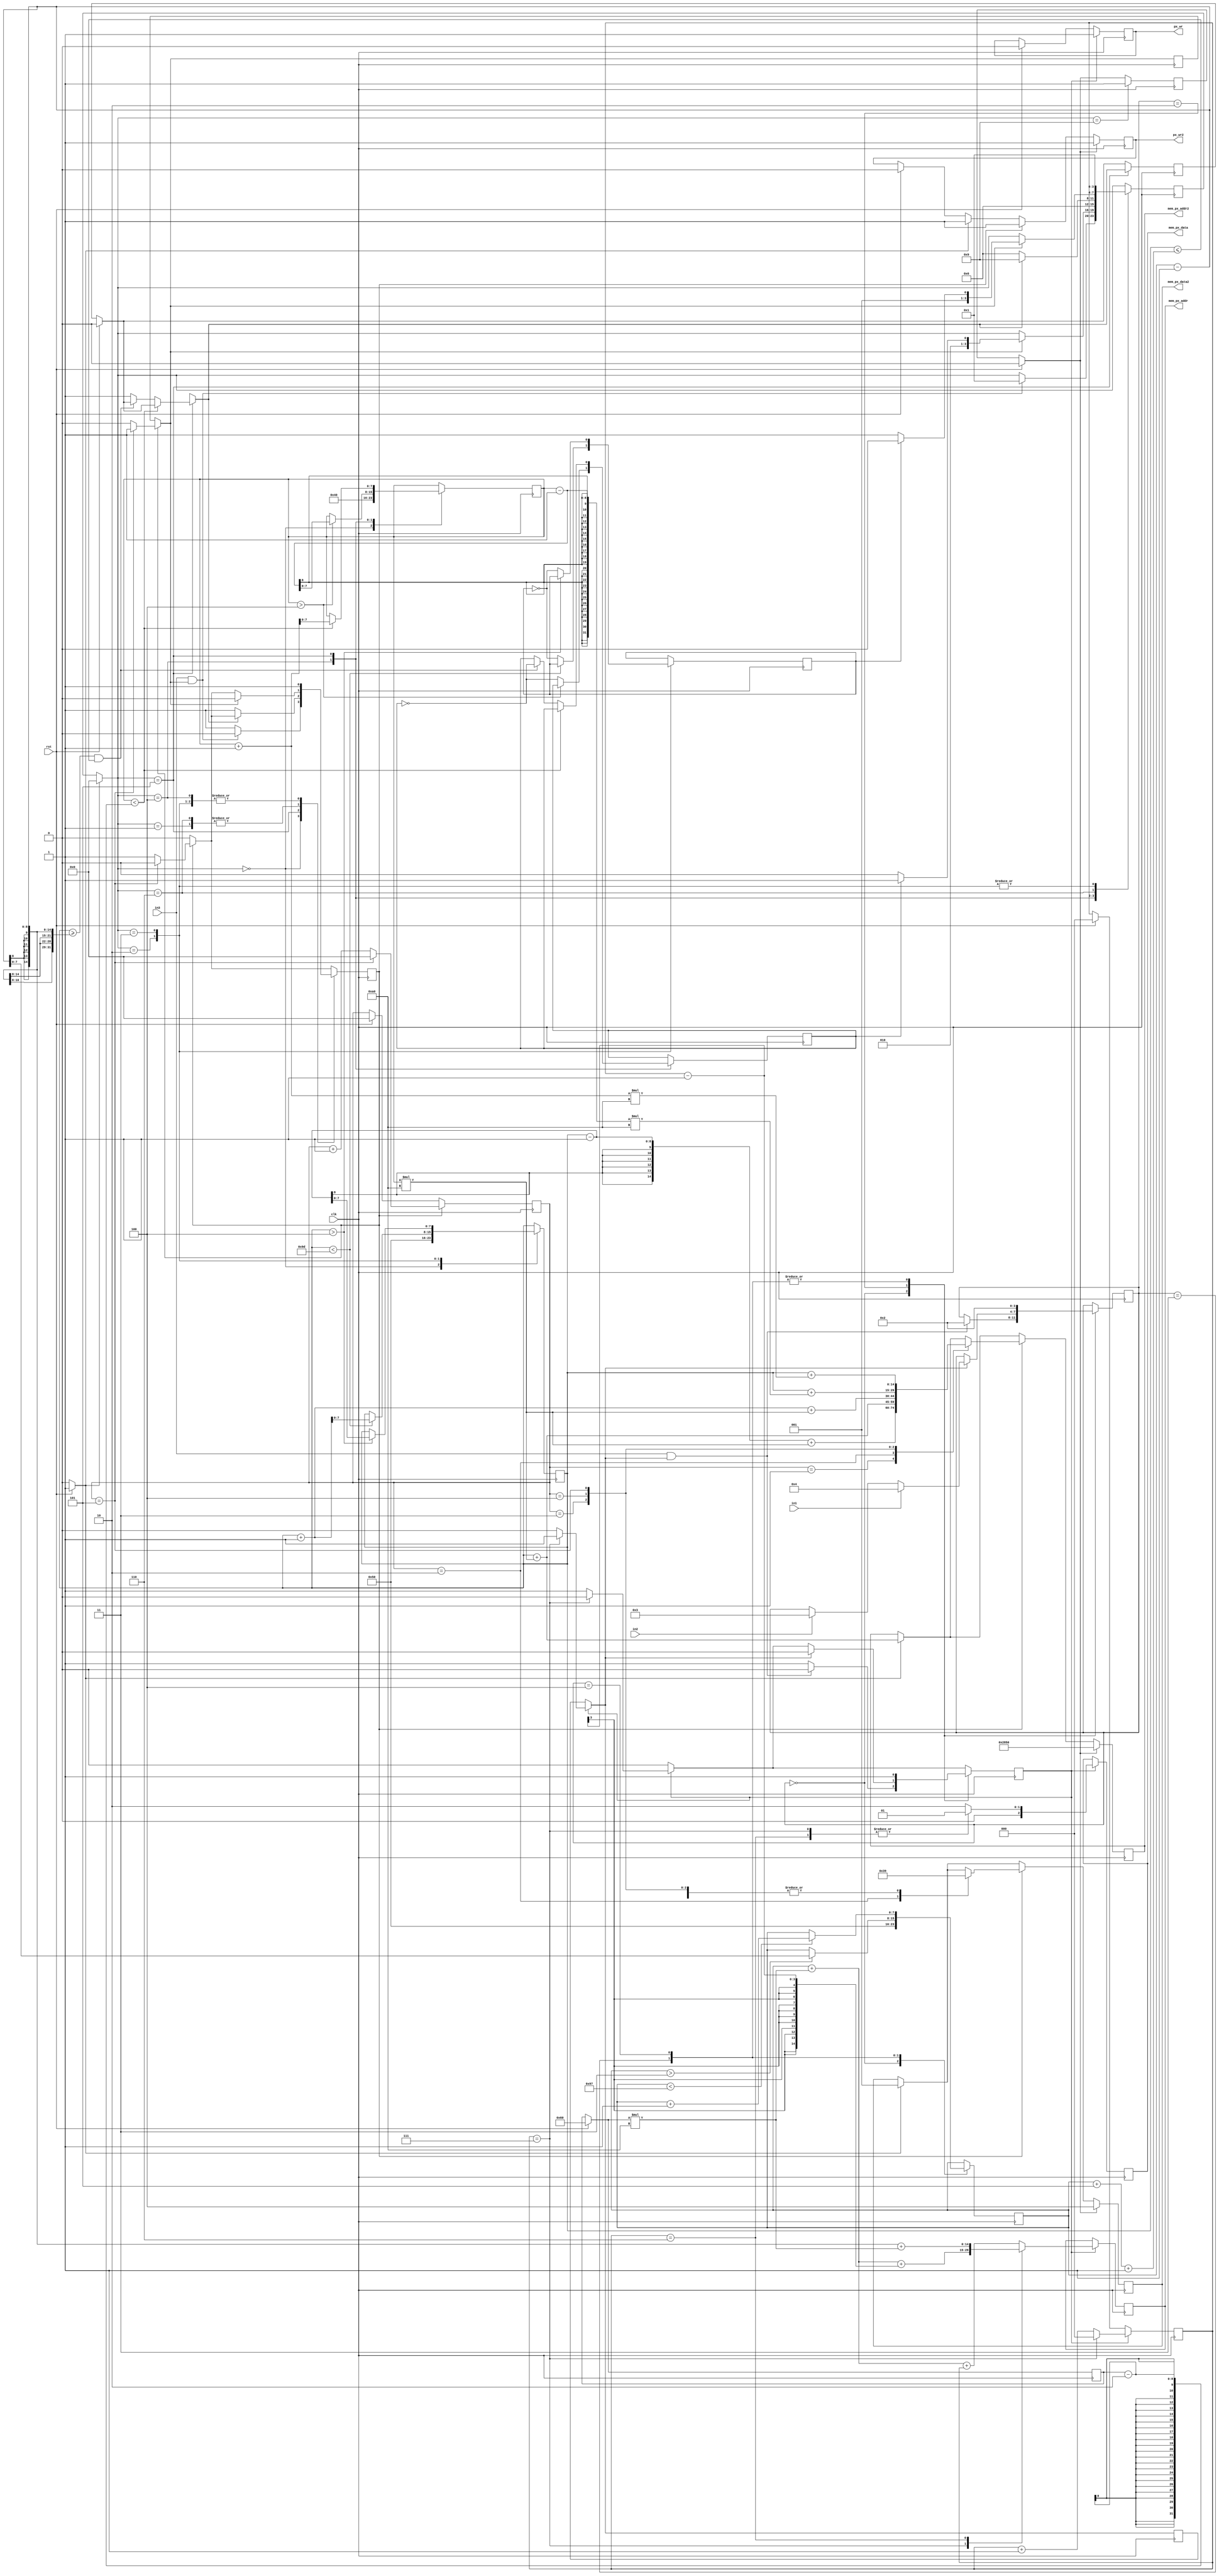
`timescale 1ns / 1ps

module FSM_game #(
		parameter AW = 15,
		parameter DW = 3)(
	 	input clk,
		input rst,
		input in1,
		input in2,
		input in3,
		
		output reg [AW-1: 0] mem_px_addr2,
		output reg [DW-1: 0] mem_px_data2,
		output reg px_wr2,
		
		output reg [AW-1: 0] mem_px_addr,
		output reg [DW-1: 0] mem_px_data,
		output reg px_wr
		

   );
	//Pantalla de 160x128
	
	localparam COLOR_BARRA = 3'b010;//verde
	localparam COLOR_BOLA = 3'b111;//blanco
	localparam COLOR_FONDO = 3'b001;//azul
	localparam ROJO = 3'b100;//rojo
	
	localparam tamano_X = 160;
	localparam tamano_Y = 128;
	
	reg [3:0] status = 0;
	reg [3:0] status_bola = 0;
	
	wire init;
	wire right;
	wire left;
	assign right = in1;
	assign left = in2;
	assign init = in3;
	
	//direccin de la pelota
	reg dirX=0;
	reg dirY=0;
	
	
	//8 bits para la posicion vertical y 9 para la horizonal
	
	reg [7:0] posX_barra;
	reg [7:0] posY_barra=96;
	
	reg [7:0] posX_bola;
	reg [7:0] posY_bola;
	
//	assign outprueba = movl;
	
	//Estados de la barra
	parameter START=0, PLAY=2, MOVL=3, MOVR=4;
	//Estados de la pelota 
	parameter MOVE_V=1, RIGHT=2, LEFT=3, UP=4, DOWN=5, MOVE_H=6, FIN=9;
	
	
	
	
	
	/* *********************************************
		Movimiento de la barra 
	
	**********************************************/
	localparam INICIO_LINEA = 15200;
	reg done_barrax=0;
	reg [2:0] count_Tam;
	parameter TAM_X_BARRA =5;
   reg pallet_draw=0;
	
	
	always @(posedge clk) begin
		if (rst) begin
			count_Tam<=0;
			px_wr<=0;
			posY_barra = 96;
		end

		if(pallet_draw)begin	

			done_barrax=0;
			px_wr <= 1;
			count_Tam<=count_Tam+1;
			case(count_Tam)
				(TAM_X_BARRA+2): begin
						mem_px_addr <= (posX_barra+posY_barra*tamano_X)+(count_Tam-1);
						mem_px_data <= COLOR_FONDO;
	     				done_barrax=1;
			   	   count_Tam<=0;
						pallet_draw=0;
					end	
				(TAM_X_BARRA+1): begin
						mem_px_addr <= (posX_barra-1+posY_barra*tamano_X);
						mem_px_data <= COLOR_FONDO;
					end
				default: begin
						mem_px_addr <= (posX_barra+posY_barra*tamano_X)+count_Tam;
						mem_px_data <= COLOR_BARRA;
				end
			endcase
		end
		
		
		case(status)
		
			START:begin
				posX_barra = 80;
				pallet_draw=1;
				if(init && done_barrax)begin
					pallet_draw=0;
					status<=PLAY;
				end
			end
			PLAY: begin
				if(done_barrax)begin
					pallet_draw=0;
					if(left)begin
						status<=MOVL;
					end
					if(right)begin
						status<=MOVR;
					end
				end
			end
			
			
			MOVL: begin
				if(posX_barra>3)begin
					posX_barra = posX_barra-1;
				end
				pallet_draw=1;
				status<=PLAY;
			end
			
			MOVR: begin
				if(posX_barra<(tamano_X-TAM_X_BARRA-4))begin
					posX_barra = posX_barra+1;
				end
				pallet_draw=1;
				status<=PLAY;
			end
			
		endcase
		
	end
	
	/*********************************
	Movimiento de la bola
	
	*******************************/	
	
	
	reg [3:0] count_Tam_ball;
	reg done_ball=0;
	reg ball_draw=0;
	reg lost;
	reg red_point_draw;
	reg borrar_punto=0;
	
	always @(posedge clk)begin
		if (rst) begin
			count_Tam_ball<=0;
			px_wr2<=0;
			lost=0;
			red_point_draw=0;
			borrar_punto=1;
		end
		
		if(borrar_punto)begin
			px_wr2<=1;
			mem_px_addr2 <= ((posX_bola)+(posY_bola)*tamano_X);
			mem_px_data2 <= COLOR_FONDO;
			borrar_punto=0;
			status_bola=START;
		end
		
		
		if(ball_draw)begin
			done_ball=0;
			px_wr2<=1;
			count_Tam_ball<=count_Tam_ball+1;
			case(count_Tam_ball)
				1:begin
					mem_px_addr2 <= ((posX_bola-1)+(posY_bola)*tamano_X);
					mem_px_data2 <= COLOR_FONDO;
				end
				2:begin
					mem_px_addr2 <= ((posX_bola)+(posY_bola)*tamano_X);
					mem_px_data2 <= COLOR_BOLA;
				end
				3:begin
					mem_px_addr2 <= ((posX_bola+1)+(posY_bola)*tamano_X);
					mem_px_data2 <= COLOR_FONDO;
				end
				4:begin
					mem_px_addr2 <= ((posX_bola)+(posY_bola-1)*tamano_X);
					mem_px_data2 <= COLOR_FONDO;
				end
				5:begin
					mem_px_addr2 <= ((posX_bola)+(posY_bola+1)*tamano_X);
					mem_px_data2 <= COLOR_FONDO;
					done_ball=1;
					count_Tam_ball<=0;
					ball_draw=0;
				end
			endcase	
		end
		
		if(red_point_draw)begin
			px_wr2 <=1;
			mem_px_addr2 <= 10320;
			mem_px_data2 <= ROJO;
		end
		
		
		case(status_bola) 
		
				START: begin
					posX_bola=80;
					posY_bola=64;
					ball_draw=1;
					if(init && done_ball)begin
						ball_draw=0;
						status_bola=MOVE_V;
					end
				end
				
				MOVE_V: begin
					if(done_ball)begin
						ball_draw=0;
						if(dirY)begin
							status_bola<=DOWN;
						end else begin
							status_bola<=UP;
						end
					end
				end
				
				UP: begin
					if(posY_bola>4)begin
						posY_bola = posY_bola-1;
					end else begin
						dirY=~dirY;
					end
					ball_draw=1;
					status_bola<=MOVE_H;
				end
				
				DOWN: begin
					if(posY_bola<posY_barra-2)begin
						posY_bola = posY_bola+1;
					end else begin
						if((posX_bola>=(posX_barra-1))&&(posX_bola<=(posX_barra+TAM_X_BARRA+1)))begin
							dirY=~dirY;
						end else begin
							lost=1;
						end
					end
					if(lost)begin
						status_bola=FIN;
					end else begin
						ball_draw=1;
						status_bola<=MOVE_H;
					end
					
				end
				
				MOVE_H: begin
					if(done_ball)begin
						ball_draw=0;
						if(dirX)begin
							status_bola<=RIGHT;
						end else begin
							status_bola<=LEFT;
						end
					end
				end
				
				RIGHT:begin
					if(posX_bola<tamano_X-3)begin
						posX_bola=posX_bola+1;
					end else begin
						dirX=~dirX;
					end
					ball_draw=1;
					status_bola<=MOVE_V;
				end
				
				LEFT:begin
					if(posX_bola>4)begin
						posX_bola=posX_bola-1;
					end else begin
						dirX=~dirX;
					end
					ball_draw=1;
					status_bola<=MOVE_V;
				end	
				
				FIN:begin
					red_point_draw=1;
				end
		endcase	
	end
	
	
	
	

endmodule